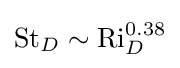
{\text{St}}_{D}\sim {\text{Ri}}_{D}^{0.38}